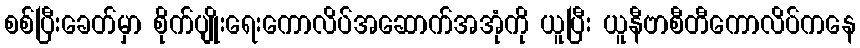
စစ်ပြီးခေတ်မှာ စိုက်ပျိုးရေးကောလိပ်အဆောက်အအုံကို ယူပြီး ယူနီဗာစီတီကောလိပ်ကနေ